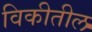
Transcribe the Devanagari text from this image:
विकीतील